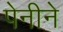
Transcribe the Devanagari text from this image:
पेनीने